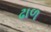
ઢાળ